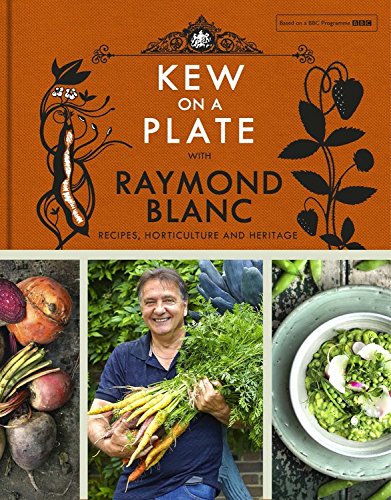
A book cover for Kew on a Plate with Raymond Blanc; Kew Gardens; Crafts, Hobbies & Home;